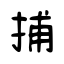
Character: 捕